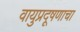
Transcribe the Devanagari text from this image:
वायुप्रदूषणाचा